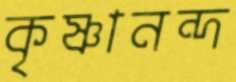
কৃষ্ণানন্দ